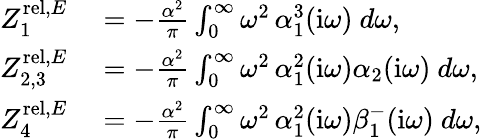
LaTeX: \begin{array}{rl}{Z_{1}^{\mathrm{rel},E}}&{{}=-\frac{\alpha^{2}}\pi\int_{0}^{\infty}\omega^{2}\, \alpha_{1}^{3}(\mathrm{i}\omega)~d\omega,}\\ {Z_{2,3}^{\mathrm{rel},E}}&{{}=-\frac{\alpha^{2}}\pi\int_{0}^{\infty}\omega^{2}\, \alpha_{1}^{2}(\mathrm{i}\omega)\alpha_{2}(\mathrm{i}\omega)~d\omega,}\\ {Z_{4}^{\mathrm{rel},E}}&{{}=-\frac{\alpha^{2}}\pi\int_{0}^{\infty}\omega^{2}\, \alpha_{1}^{2}(\mathrm{i}\omega)\beta_{1}^{-}(\mathrm{i}\omega)~d\omega,}\end{array}